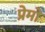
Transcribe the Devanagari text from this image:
प्रेमो